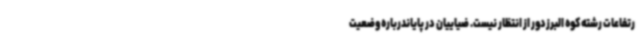
رتفاعات رشته کوه البرزدور از انتظار نیست. ضیاییان در پایاندرباره وضعیت